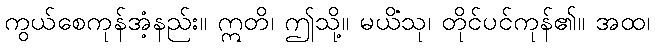
ကွယ်စေကုန်အံ့နည်း။ ဣတိ၊ ဤသို့။ မယိံသု၊ တိုင်ပင်ကုန်၏။ အထ၊